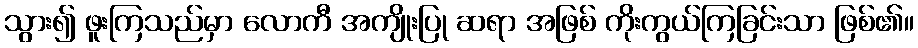
သွား၍ ဖူးကြသည်မှာ လောကီ အကျိုးပြု ဆရာ အဖြစ် ကိုးကွယ်ကြခြင်းသာ ဖြစ်၏။